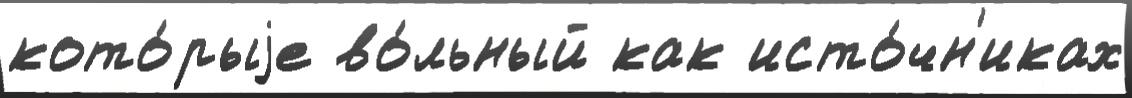
кото́рыjе во́льный как исто́чн'иках